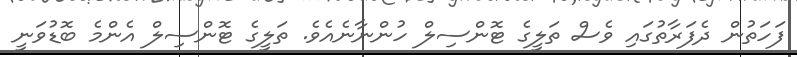
ފަހަތުން ދެފަރާތުގައި ވެސް ތަލީގެ ޓޮންސިލް ހުންނާނެއެވެ. ތަލީގެ ޓޮންސިލް އެންމެ ބޮޑުވަނީ